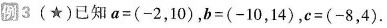
例3 (★)已知$$a = ( - 2 , 1 0 )$$，$$b = ( - 1 0 , 1 4 )$$，$$c = ( - 8 , 4 )$$.